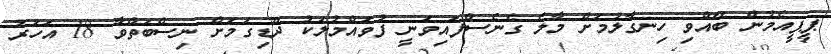
ޕީޕީއެމުން ބޭއްވި ހިނގާލުމަށް މާލެ ގެނެސްފައިވަނީ ފުވައްމުލަކު ދޫޑިގަމަށް ނިސްބަތްވާ 18 އަހަރު